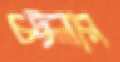
চট্টলার